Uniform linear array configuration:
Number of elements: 16
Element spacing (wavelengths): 0.75
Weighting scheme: blackman
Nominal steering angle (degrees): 45
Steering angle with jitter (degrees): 45.348
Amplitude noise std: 0.05
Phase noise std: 0.05

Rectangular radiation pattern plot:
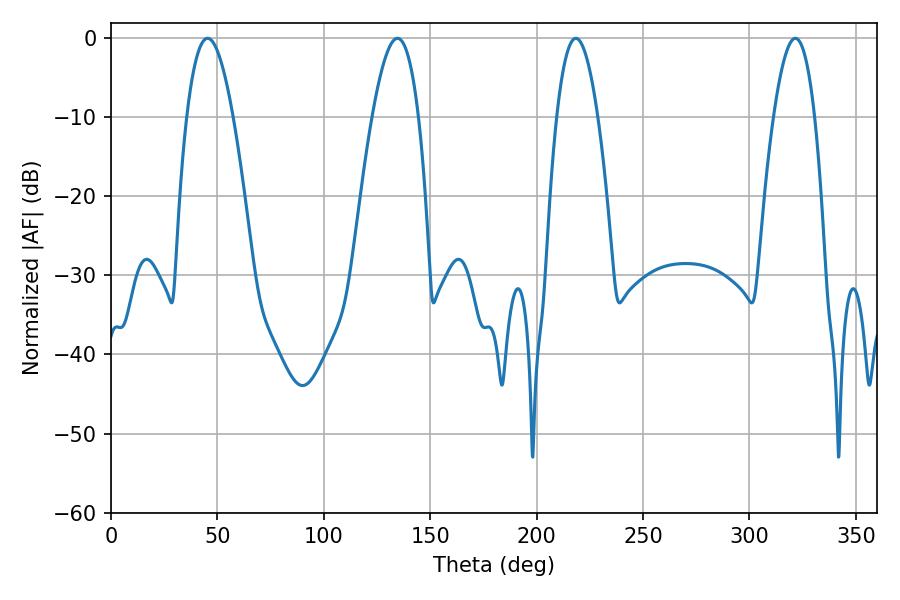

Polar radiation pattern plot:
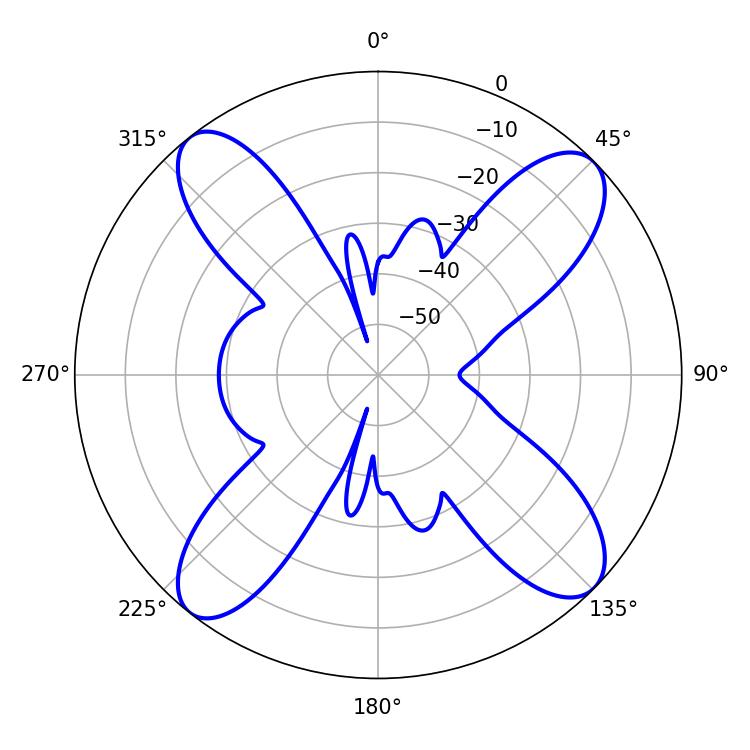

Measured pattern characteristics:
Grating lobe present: TRUE
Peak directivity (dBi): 14.469
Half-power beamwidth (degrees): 11.88
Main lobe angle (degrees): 45.36